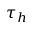
\tau _ { h }